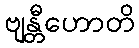
ဗျန္တီဟောတိ